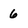
Character: 6